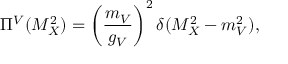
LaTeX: \Pi ^ { V } ( M _ { X } ^ { 2 } ) = \left( \frac { m _ { V } } { g _ { V } } \right) ^ { 2 } \delta ( M _ { X } ^ { 2 } - m _ { V } ^ { 2 } ) ,